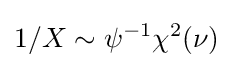
1/X\sim \psi ^{-1}\chi ^{2}(\nu )